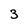
Character: 3